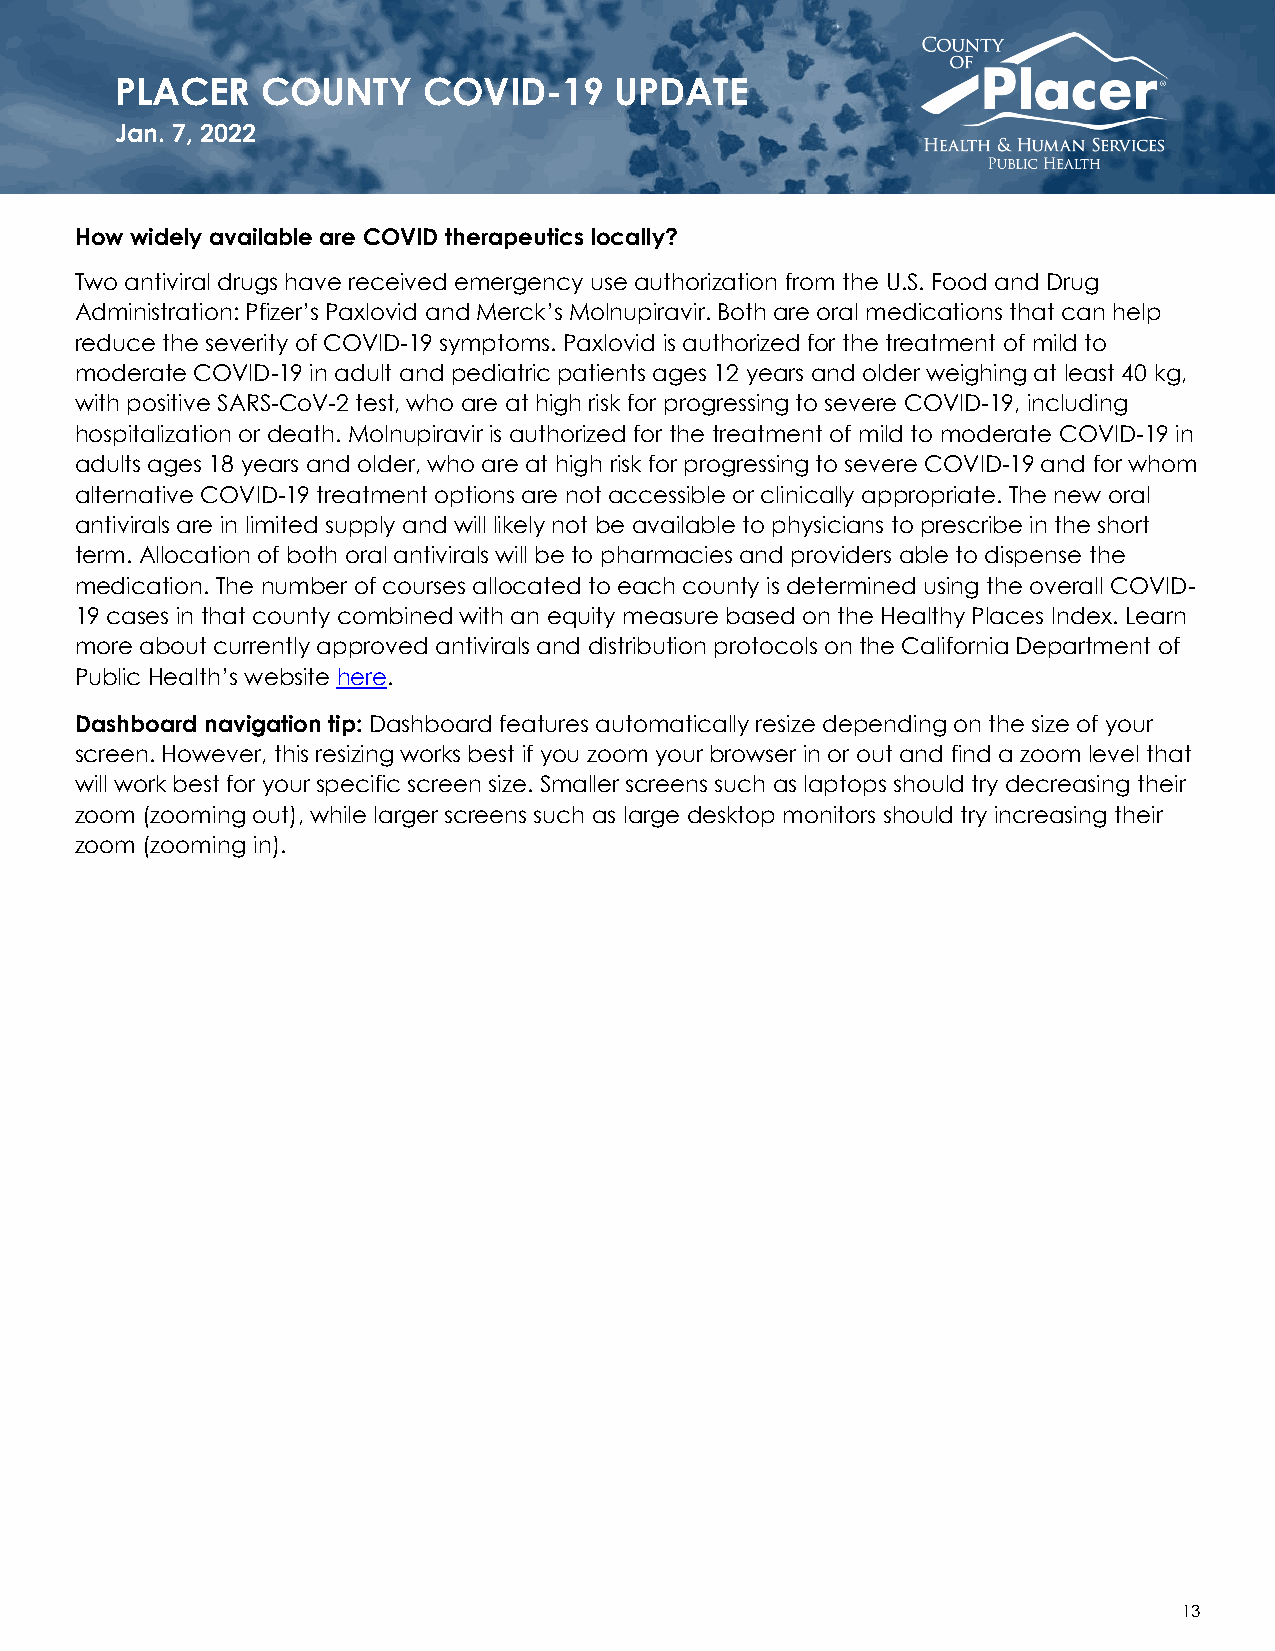
PLACER   COUNTY     COVID-19     UPDATE
 Jan. 7, 2022
 How widely available are COVID therapeutics locally?
 Two antiviral drugs have received emergency use authorization from the U.S. Food and Drug
 Administration: Pfizer’s Paxlovid and Merck’s Molnupiravir. Both are oral medications that can help
 reduce the severity of COVID-19 symptoms. Paxlovid is authorized for the treatment of mild to
 moderate COVID-19 in adult and pediatric patients ages 12 years and older weighing at least 40 kg,
 with positive SARS-CoV-2 test, who are at high risk for progressing to severe COVID-19, including
 hospitalization or death. Molnupiravir is authorized for the treatment of mild to moderate COVID-19 in
 adults ages 18 years and older, who are at high risk for progressing to severe COVID-19 and for whom
 alternative COVID-19 treatment options are not accessible or clinically appropriate. The new oral
 antivirals are in limited supply and will likely not be available to physicians to prescribe in the short
 term. Allocation of both oral antivirals will be to pharmacies and providers able to dispense the
 medication. The number of courses allocated to each county is determined using the overall COVID-
 19 cases in that county combined with an equity measure based on the Healthy Places Index. Learn
 more about currently approved antivirals and distribution protocols on the California Department of
 Public Health’s website here.
 Dashboard navigation tip: Dashboard features automatically resize depending on the size of your
 screen. However, this resizing works best if you zoom your browser in or out and find a zoom level that
 will work best for your specific screen size. Smaller screens such as laptops should try decreasing their
 zoom (zooming out), while larger screens such as large desktop monitors should try increasing their
 zoom (zooming in).
 13